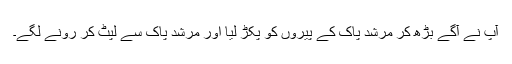
آپ نے آگے بڑھ کر مرشد پاک کے پیروں کو پکڑ لیا اور مرشد پاک سے لپٹ کر رونے لگے۔